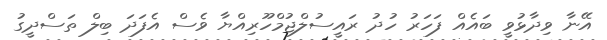
އޭނާ ވިދާޅުވީ ބައެއް ފަހަރު ހުދު ރައީސުލްޖުމްހޫރިއްޔާ ވެސް އެފަދަ ބިލް ތަސްދީގު